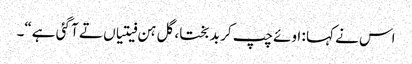
اس نے کہا : اوئے چپ کر بد بختا، گل ہن فیتیاں تے آ گئی ہے“۔